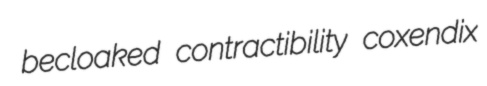
becloaked contractibility coxendix